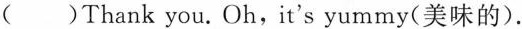
( )Thank you.Oh,it's yummy(美味的).